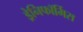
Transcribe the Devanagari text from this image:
ड्रेनिफॉर्मिस